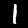
Digit: 1